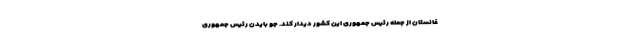
غانستان از جمله رئیس جمهوری این کشور دیدار کند. جو بایدن رئیس جمهوری